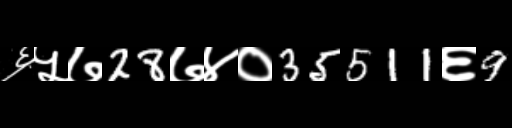
Text: ६५७28७४०35511६9